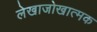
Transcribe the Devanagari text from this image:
लेखाजोखात्मक